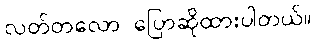
လတ်တလော ပြောဆိုထားပါတယ်။